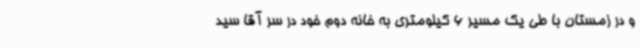
و در زمستان با طی یک مسیر 6 کیلومتری به خانه دوم خود در سر آقا سید